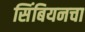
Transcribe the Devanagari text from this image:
सिंबियनचा